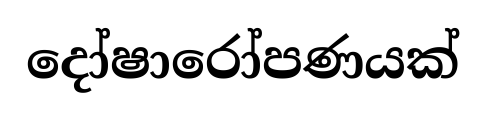
දෝෂාරෝපණයක්